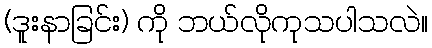
(ဒူးနာခြင်း) ကို ဘယ်လိုကုသပါသလဲ။